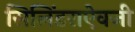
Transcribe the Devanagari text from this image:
सिलिंडराऐवजी